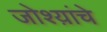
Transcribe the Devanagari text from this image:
जोश्य़ांचे